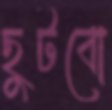
ছুটবো